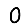
Digit: 0